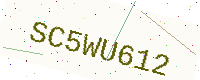
Text: SC5WU612